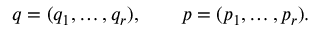
q = ( q _ { 1 } , \ldots , q _ { r } ) , \qquad p = ( p _ { 1 } , \ldots , p _ { r } ) .